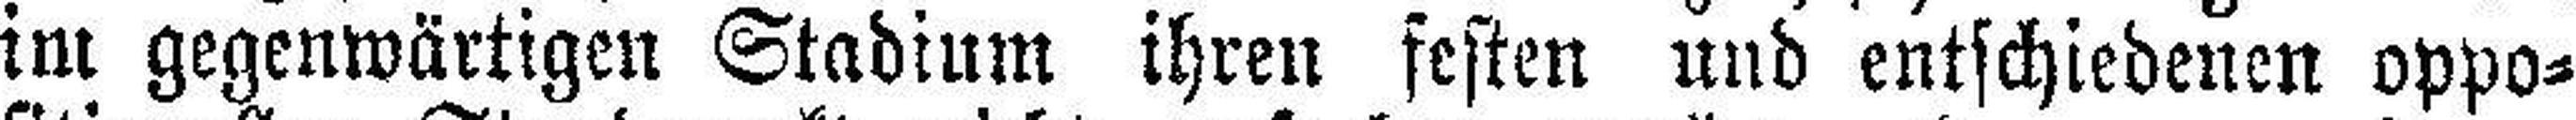
im gegenwärtigen Stadium ihren festen und entschiedenen oppo¬